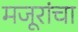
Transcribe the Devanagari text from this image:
मजूरांचा